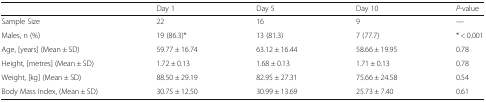
<table><thead><tr><td></td><td><b>Day 1</b></td><td><b>Day 5</b></td><td><b>Day 10</b></td><td><b><i>P</i>-value</b></td></tr></thead><tbody><tr><td>Sample Size</td><td>22</td><td>16</td><td>9</td><td>---</td></tr><tr><td>Males, n (%)</td><td>19 (86.3)*</td><td>13 (81.3)</td><td>7 (77.7)</td><td>* &lt; 0.001</td></tr><tr><td>Age, [years] (Mean ± SD)</td><td>59.77 ± 16.74</td><td>63.12 ± 16.44</td><td>58.66 ± 19.95</td><td>0.78</td></tr><tr><td>Height, [metres] (Mean ± SD)</td><td>1.72 ± 0.13</td><td>1.68 ± 0.13</td><td>1.71 ± 0.13</td><td>0.78</td></tr><tr><td>Weight, [kg] (Mean ± SD)</td><td>88.50 ± 29.19</td><td>82.95 ± 27.31</td><td>75.66 ± 24.58</td><td>0.54</td></tr><tr><td>Body Mass Index, (Mean ± SD)</td><td>30.75 ± 12.50</td><td>30.99 ± 13.69</td><td>25.73 ± 7.40</td><td>0.61</td></tr></tbody></table>